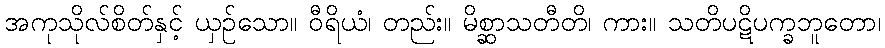
အကုသိုလ်စိတ်နှင့် ယှဉ်သော။ ဝီရိယံ၊ တည်း။ မိစ္ဆာသတီတိ၊ ကား။ သတိပဋိပက္ခဘူတော၊